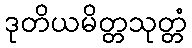
ဒုတိယမိတ္တသုတ္တံ